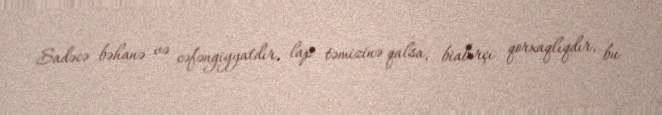
Sadəcə bəhanə və cəfəngiyyatdır, lap təmizinə qalsa, biabırçı qorxaqlıqdır, bu